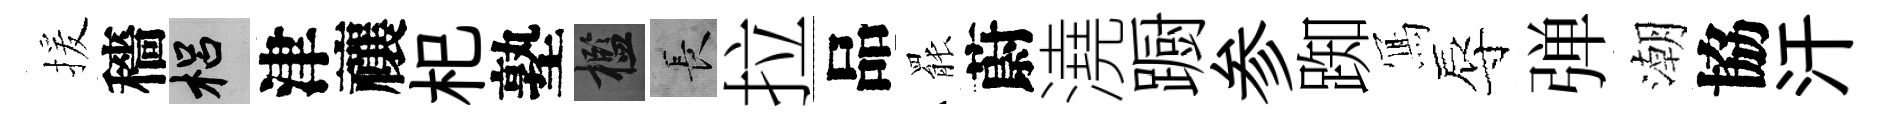
援穡梠津禳𣏌塾檻长拉品罷蔚澆蹰参踟𭂁辱弹潮協汗